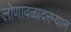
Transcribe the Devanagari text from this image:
लोणावळादरम्यान